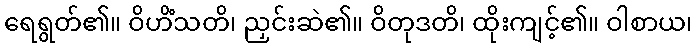
ရေရွတ်၏။ ဝိဟိံသတိ၊ ညှင်းဆဲ၏။ ဝိတုဒတိ၊ ထိုးကျင့်၏။ ဝါစာယ၊